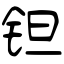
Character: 钽